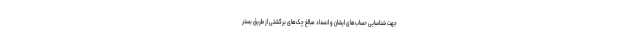
جهت شناسایی حساب‌های ایشان و انسداد مبالغ چک‌های برگشتی از طریق بستر